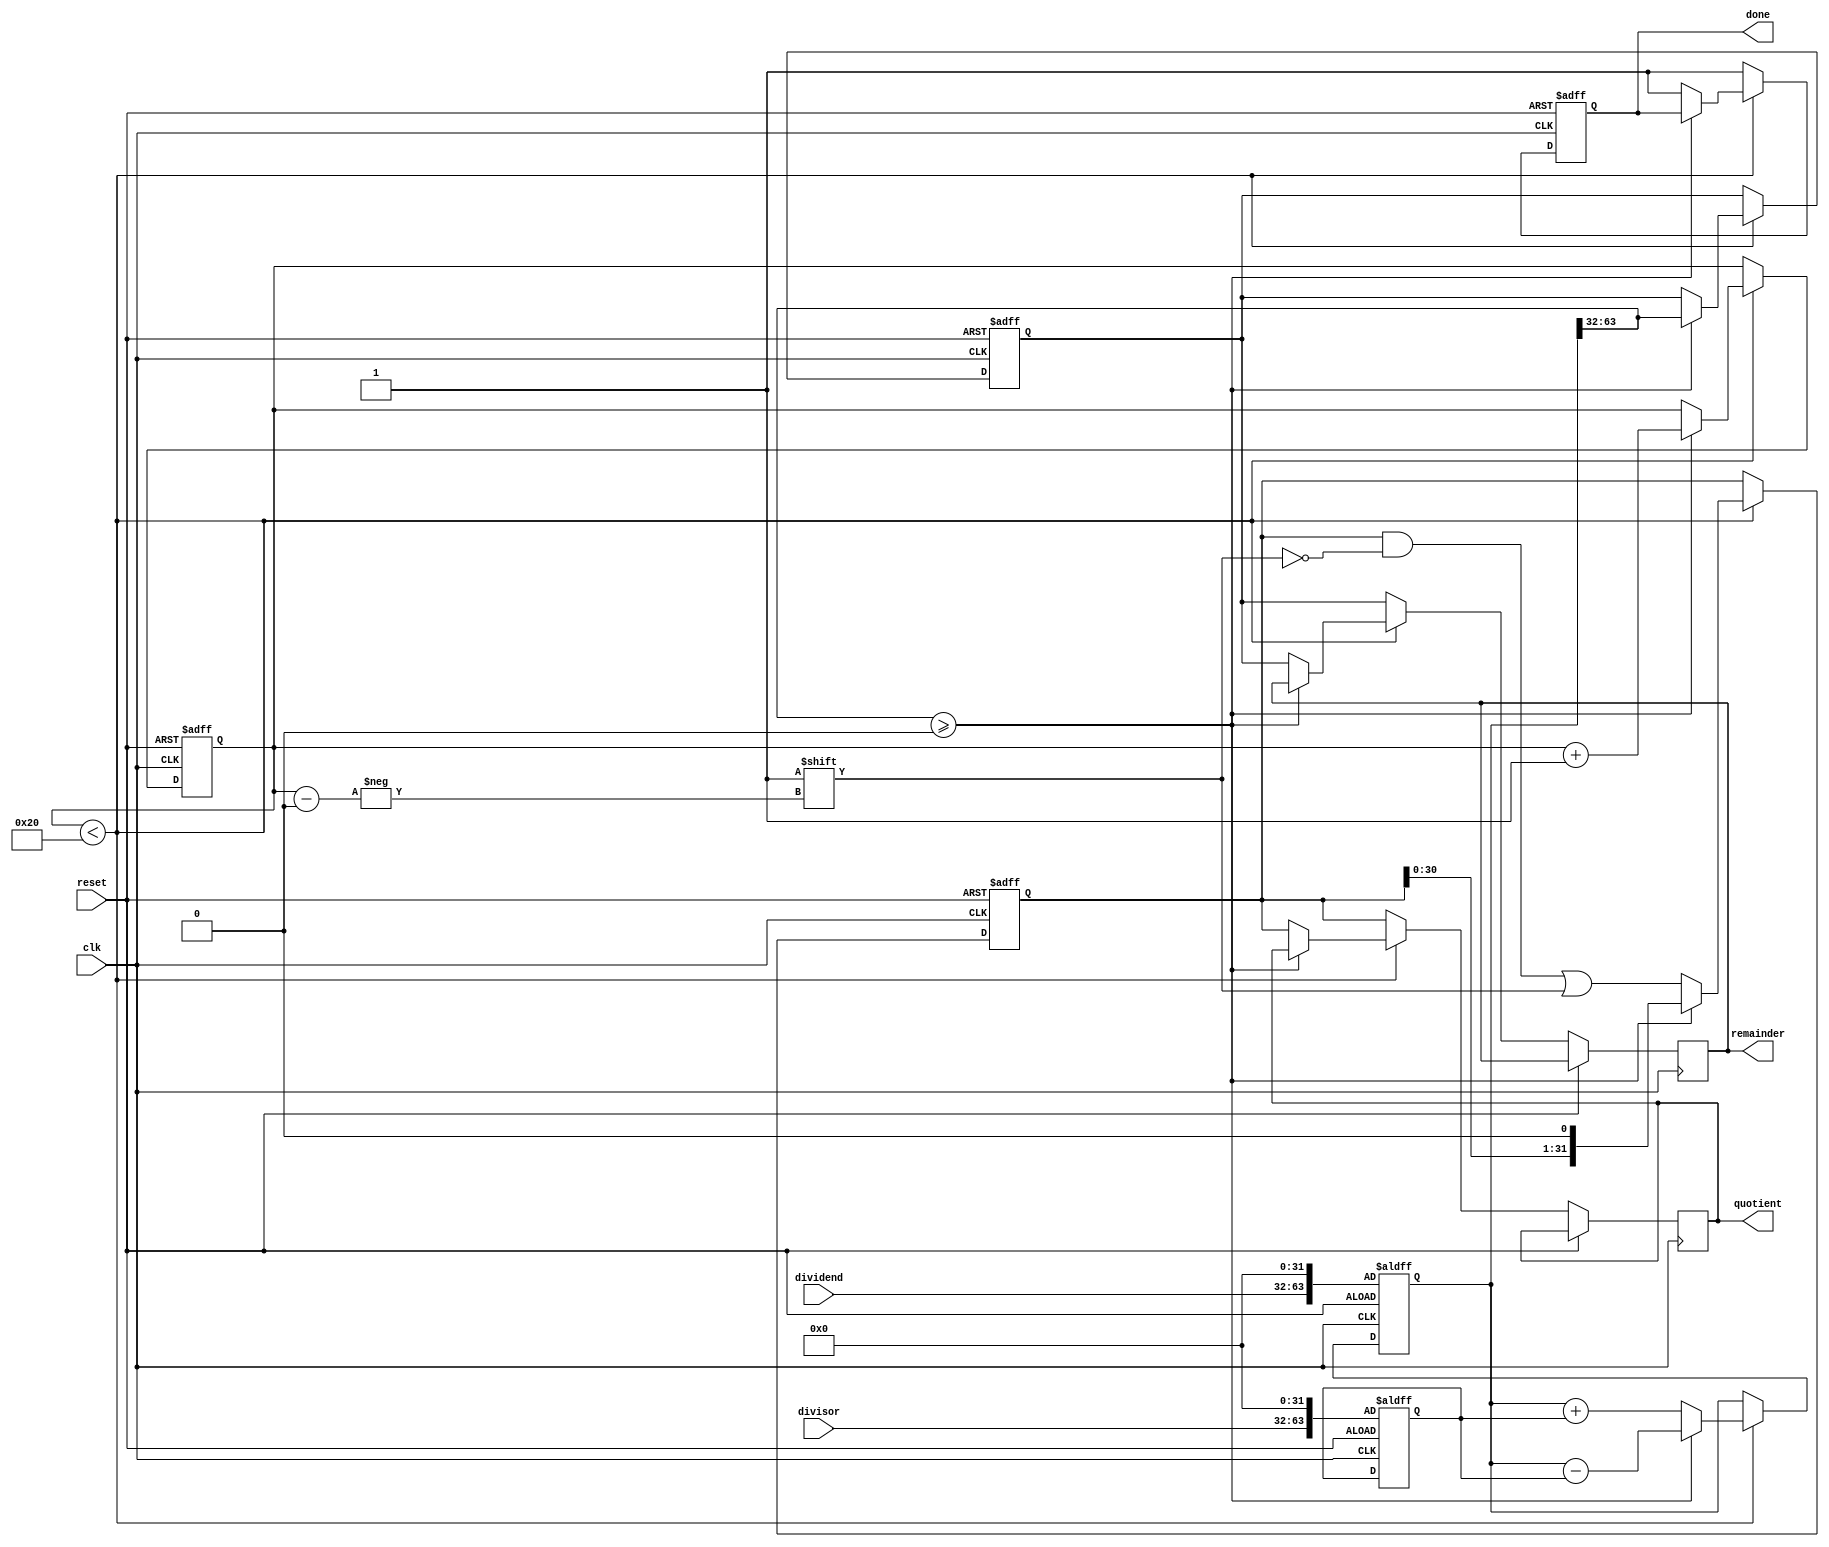
module NonRestoringDivider (
    input wire clk,
    input wire reset,
    input wire [31:0] dividend,
    input wire [31:0] divisor,
    
    output reg [31:0] quotient,
    output reg [31:0] remainder,
    output reg done
);

reg [63:0] dividend_reg;
reg [63:0] divider_reg;
reg [31:0] quotient_reg;
reg [31:0] remainder_reg;
reg [5:0] count;

always @(posedge clk or posedge reset) begin
    if (reset) begin
        dividend_reg <= {dividend, 32'd0};
        divider_reg <= {divisor, 32'd0};
        quotient_reg <= 32'd0;
        remainder_reg <= 32'd0;
        count <= 6'd0;
        done <= 1'b0;
    end else begin
        if (count < 6'd32) begin
            dividend_reg <= {dividend_reg[63:32], dividend_reg[31:0]};
            if (dividend_reg[63:32] >= 0) begin
                dividend_reg <= dividend_reg - divider_reg;
                remainder_reg <= dividend_reg[63:32];
                quotient_reg <= quotient_reg << 1'b1;
                count <= count + 1'd1;
            end else begin
                dividend_reg <= dividend_reg + divider_reg;
                quotient_reg[count] <= 1'b1;
                quotient <= quotient_reg;
                remainder <= remainder_reg;
                done <= 1'b1;
            end
        end else begin
            quotient <= quotient_reg;
            remainder <= remainder_reg;
            done <= 1'b1;
        end
    end
end

endmodule